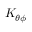
K _ { \theta \phi }